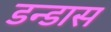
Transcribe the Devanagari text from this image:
डन्डास